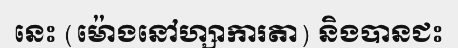
នេះ (ម៉ោងនៅហ្សាការតា) និងបានជះ